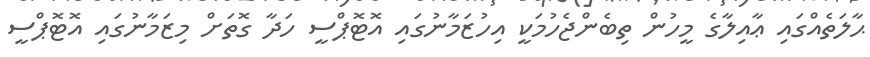
ޙާލަތެއްގައި ޢާއިލާގެ މީހުން ތިބެންޖެހުމަކީ އިހުޒަމާނުގައި އޮޓޮޕްސީ ހަދާ ގޮތަށް މިޒަމާނުގައި އޮޓޮޕްސީ